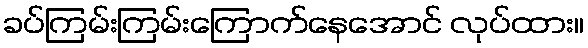
ခပ်ကြမ်းကြမ်းကြောက်နေအောင် လုပ်ထား။